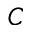
\boldsymbol { C }